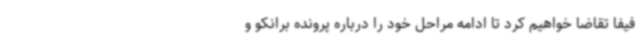
فیفا تقاضا خواهیم کرد تا ادامه مراحل خود را درباره پرونده برانکو و